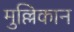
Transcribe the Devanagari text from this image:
मुल्लिकान